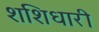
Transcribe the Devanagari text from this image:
शशिधारी